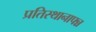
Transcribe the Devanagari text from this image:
प्रतिस्थानापन्न